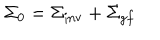
\Sigma _ { 0 } = { \Sigma } _ { \mathrm { i n v } } + { \Sigma } _ { g f }